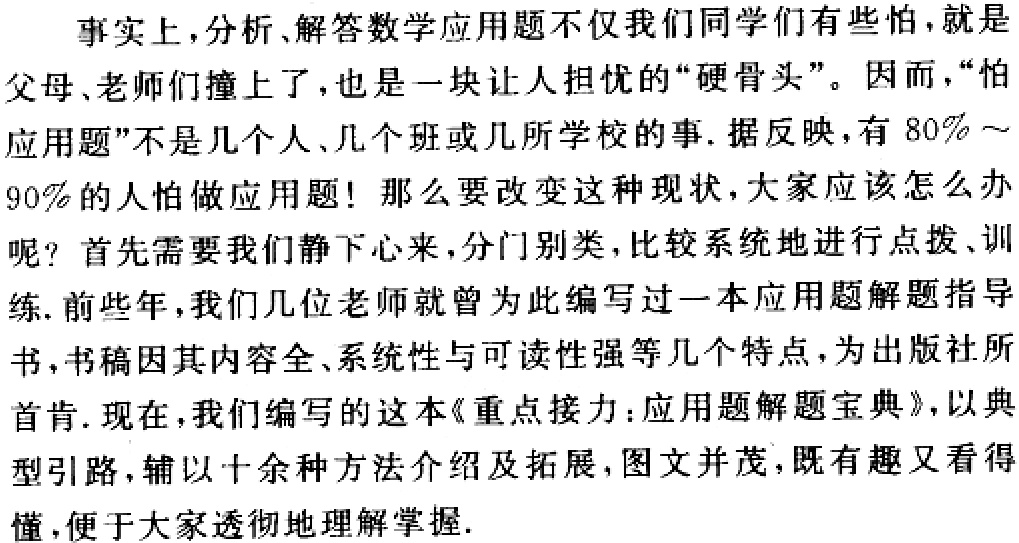
事实上，分析、解答数学应用题不仅我们同学们有些怕，就是

父母、老师们撞上了，也是一块让人担忧的“硬骨头”。因而，“怕

应用题”不是几个人、几个班或几所学校的事. 据反映，有 \(80\%\sim\)

\(90\%\) 的人怕做应用题！那么要改变这种现状，大家应该怎么办

呢？首先需要我们静下心来，分门别类，比较系统地进行点拨、训

练. 前些年，我们几位老师就曾为此编写过一本应用题解题指导

书，书稿因其内容全、系统性与可读性强等几个特点，为出版社所

首肯. 现在，我们编写的这本《重点接力：应用题解题宝典》，以典

型引路，辅以十余种方法介绍及拓展，图文并茂，既有趣又看得

懂，便于大家透彻地理解掌握.